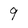
Character: 9